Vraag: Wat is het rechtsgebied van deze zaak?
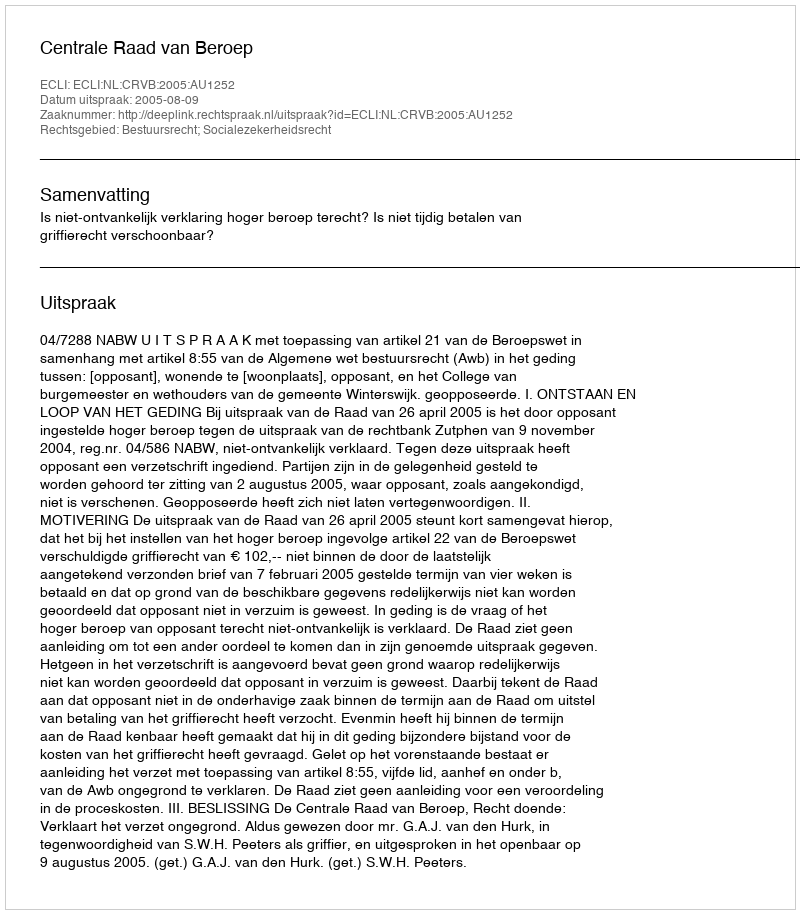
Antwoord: Bestuursrecht; Socialezekerheidsrecht